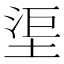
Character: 𣵹